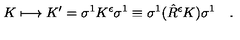
K \longmapsto K ^ { \prime } = \sigma ^ { 1 } K ^ { \epsilon } \sigma ^ { 1 } \equiv \sigma ^ { 1 } ( \hat { R } ^ { \epsilon } K ) \sigma ^ { 1 } \quad .